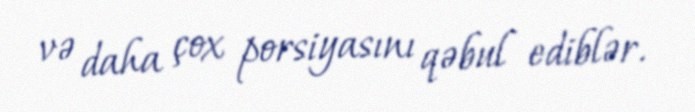
və daha çox porsiyasını qəbul ediblər.